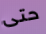
حتى